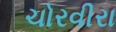
ચોરવીરા